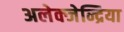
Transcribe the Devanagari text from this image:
अलेक्जेन्द्रिया